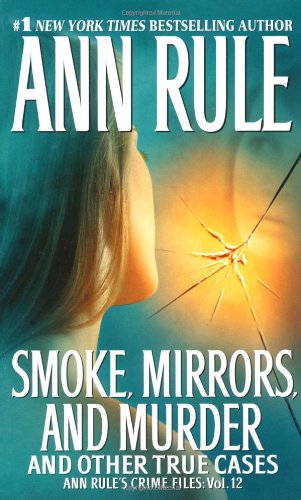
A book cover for Smoke, Mirrors, and Murder: And Other True Cases; Ann Rule; Biographies & Memoirs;